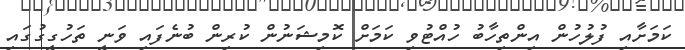
ކަމަށާއި ފުލުހުން އިންތިހާބު ހުއްޓުވި ކަމަށް ކޮމިޝަނުން ކުރިން ބުނެފައި ވަނީ ތަހުގީގުގައި